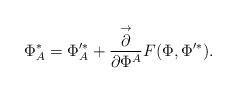
LaTeX: \begin{align*}\Phi_A^* = \Phi'^*_A + \frac{\stackrel{\rightarrow}{\partial}}{\partial\Phi^A} F(\Phi,\Phi'^*).\end{align*}